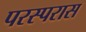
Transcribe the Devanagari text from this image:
परस्परास